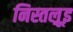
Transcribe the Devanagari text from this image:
निस्तल्रूइ